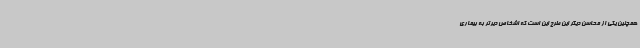
همچنین یکی از محاسن دیگر این طرح این است که اشخاص دیرتر به بیماری